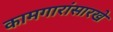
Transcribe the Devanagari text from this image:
कामगारांसारखे